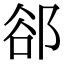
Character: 郤